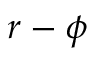
r - \phi